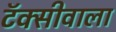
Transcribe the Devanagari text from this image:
टॅक्सीवाला